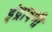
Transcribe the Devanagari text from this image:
इंद्रावणी